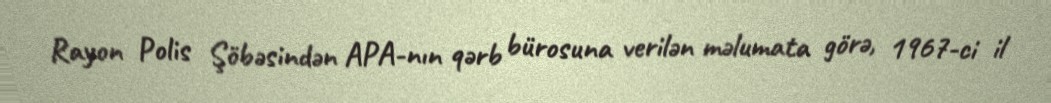
Rayon Polis Şöbəsindən APA-nın qərb bürosuna verilən məlumata görə, 1967-ci il